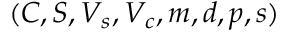
( C , S , V _ { s } , V _ { c } , m , d , p , s )